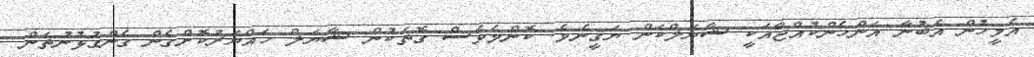
އެމީހުން އެބުނާ އަންހެންކުއްޖާއަކީ ޝާޔަލްކަން ޔަޤީނެވެ. ކޮންމެވެސް ގޮތަކުން ޝާޔަލް ހައްޔަރުކޮށްގެން ގެންގުޅުނުތަން